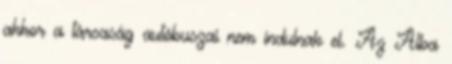
akkor a társaság autóbuszai nem indulnak el. Az Alba